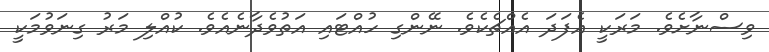
ވިސްނާށެވެ. މަރަކީ އެފަދަ އެއްޗެކެވެ. ނޭންގި ހުއްޓައި އަތުވެދާނެއެވެ. ކުއްލި މަރު ގިނަވުމަކީ